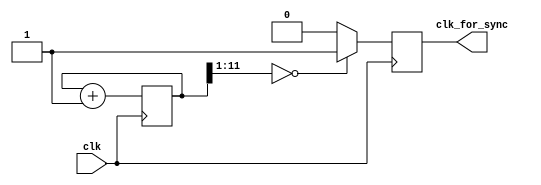
`timescale 1ns / 1ps
//////////////////////////////////////////////////////////////////////////////////
// Company: 
// Engineer: 
// 
// Design Name: 
// Module Name:    CLK_FOR_LED16 
// Project Name: 
// Target Devices: 
// Tool versions: 
// Description: 
//
// Dependencies: 
//
// Revision: 
// Revision 0.01 - File Created
// Additional Comments: 
//
//////////////////////////////////////////////////////////////////////////////////
module ClkForSync(
	input wire clk,
	output reg clk_for_sync
);
	reg [31:0] cnt;
	
	initial begin
		cnt = 31'b0;
	end
	
	always @(posedge clk) begin
		if (cnt[11:1] == 11'b0000_0000_000) begin
			clk_for_sync <= 1;
		end else begin
			clk_for_sync <= 0;
		end
		cnt <= cnt + 1'b1;
	end
endmodule